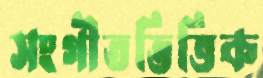
সংগীতভিত্তিক